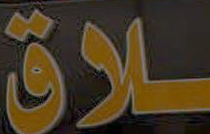
ـلاق